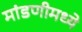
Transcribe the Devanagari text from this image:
मांडणीमध्‍ये